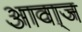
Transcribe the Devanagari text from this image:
आवा्ज